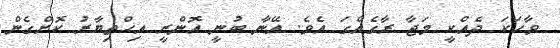
ވާހަކަ ދެއްކީ މަޖާ ރާގެއްގަ އެވެ. އޭނާ ބުނީ އޮންރީ އިހްތިޔާރު ކޮށްގެން